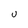
Character: U